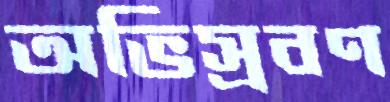
অভিস্রবণ